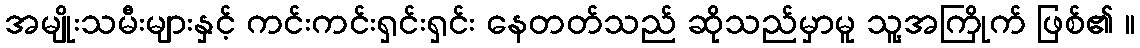
အမျိုးသမီးများနှင့် ကင်းကင်းရှင်းရှင်း နေတတ်သည် ဆိုသည်မှာမူ သူ့အကြိုက် ဖြစ်၏ ။